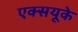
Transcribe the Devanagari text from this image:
एक्सयूके